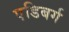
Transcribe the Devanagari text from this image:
एडिबर्ग